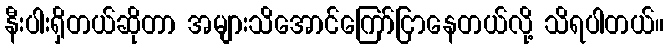
နီးပါးရှိတယ်ဆိုတာ အများသိအောင်ကြော်ငြာနေတယ်လို့ သိရပါတယ်။